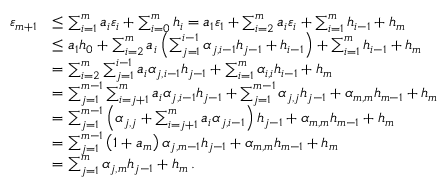
\begin{array} { r l } { { \varepsilon } _ { m + 1 } } & { \leq \sum _ { i = 1 } ^ { m } { { a } _ { i } { \varepsilon } _ { i } } + \sum _ { i = 0 } ^ { m } { { h } _ { i } } = { a } _ { 1 } { \varepsilon } _ { 1 } + \sum _ { i = 2 } ^ { m } { { a } _ { i } { \varepsilon } _ { i } } + \sum _ { i = 1 } ^ { m } { { h } _ { i - 1 } } + { h } _ { m } } \\ & { \leq { a } _ { 1 } { h } _ { 0 } + \sum _ { i = 2 } ^ { m } { { a } _ { i } \left( \sum _ { j = 1 } ^ { i - 1 } { { \alpha } _ { j , i - 1 } { h } _ { j - 1 } } + { h } _ { i - 1 } \right) } + \sum _ { i = 1 } ^ { m } { { h } _ { i - 1 } } + { h } _ { m } } \\ & { = \sum _ { i = 2 } ^ { m } { \sum _ { j = 1 } ^ { i - 1 } { { a } _ { i } { \alpha } _ { j , i - 1 } { h } _ { j - 1 } } } + \sum _ { i = 1 } ^ { m } { { \alpha } _ { i , i } { h } _ { i - 1 } } + { h } _ { m } } \\ & { = \sum _ { j = 1 } ^ { m - 1 } { \sum _ { i = j + 1 } ^ { m } { { a } _ { i } { \alpha } _ { j , i - 1 } { h } _ { j - 1 } } } + \sum _ { j = 1 } ^ { m - 1 } { { \alpha } _ { j , j } { h } _ { j - 1 } } + { \alpha } _ { m , m } { h } _ { m - 1 } + { h } _ { m } } \\ & { = \sum _ { j = 1 } ^ { m - 1 } { \left( { \alpha } _ { j , j } + \sum _ { i = j + 1 } ^ { m } { { a } _ { i } { \alpha } _ { j , i - 1 } } \right) { h } _ { j - 1 } } + { \alpha } _ { m , m } { h } _ { m - 1 } + { h } _ { m } } \\ & { = \sum _ { j = 1 } ^ { m - 1 } { \left( 1 + { a } _ { m } \right) { \alpha } _ { j , m - 1 } { h } _ { j - 1 } } + { \alpha } _ { m , m } { h } _ { m - 1 } + { h } _ { m } } \\ & { = \sum _ { j = 1 } ^ { m } { { \alpha } _ { j , m } { h } _ { j - 1 } } + { h } _ { m } \, . } \end{array}